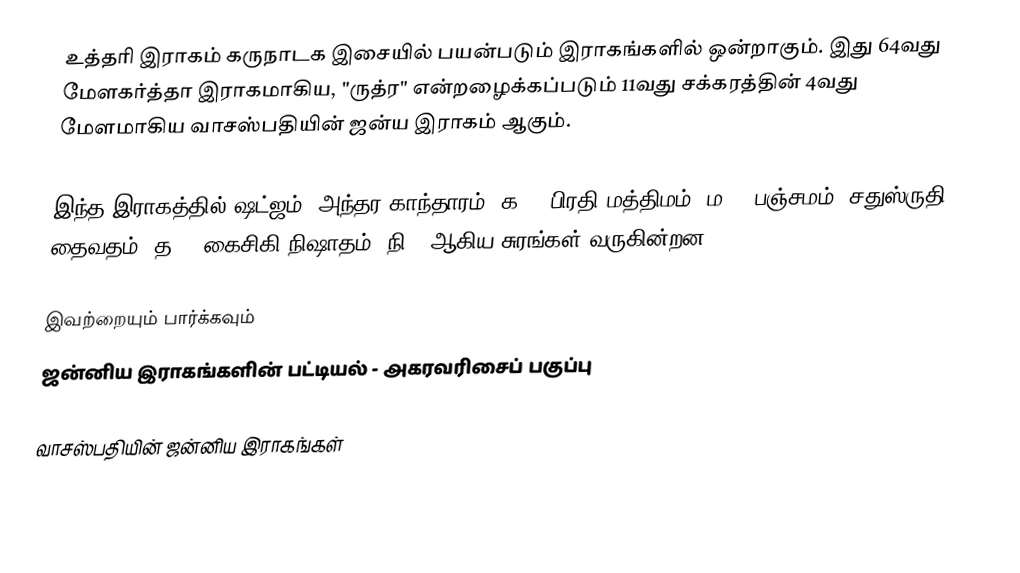
உத்தரி இராகம் கருநாடக இசையில் பயன்படும் இராகங்களில் ஒன்றாகும். இது 64வது மேளகர்த்தா இராகமாகிய, "ருத்ர" என்றழைக்கப்படும் 11வது சக்கரத்தின் 4வது மேளமாகிய வாசஸ்பதியின் ஜன்ய இராகம் ஆகும்.

இந்த இராகத்தில் ஷட்ஜம், அந்தர காந்தாரம் (க3), பிரதி மத்திமம் (ம2), பஞ்சமம்,  சதுஸ்ருதி தைவதம் (த2), கைசிகி நிஷாதம்  (நி2) ஆகிய சுரங்கள் வருகின்றன.

இவற்றையும் பார்க்கவும்
 ஜன்னிய இராகங்களின் பட்டியல் - அகரவரிசைப் பகுப்பு

வாசஸ்பதியின் ஜன்னிய இராகங்கள்